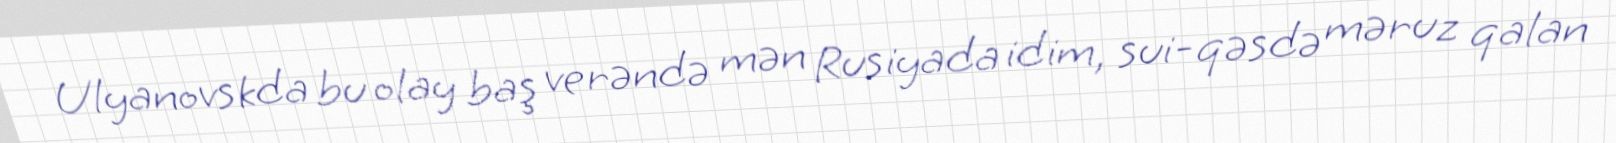
Ulyanovskda bu olay baş verəndə mən Rusiyada idim, sui-qəsdə məruz qalan